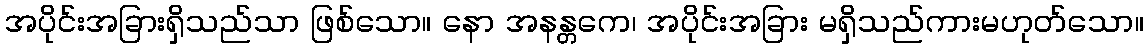
အပိုင်းအခြားရှိသည်သာ ဖြစ်သော။ နော အနန္တကေ၊ အပိုင်းအခြား မရှိသည်ကားမဟုတ်သော။